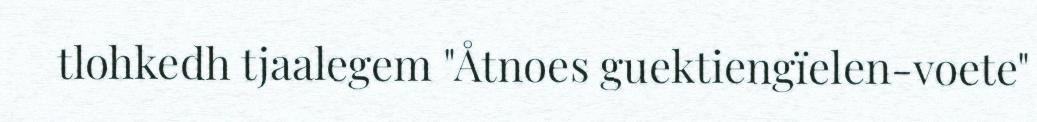
tlohkedh tjaalegem "Åtnoes guektiengïelen-voete"